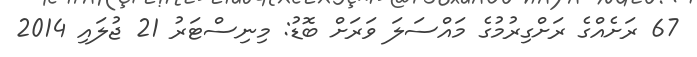
67 ރަށެއްގެ ރަށްގިރުމުގެ މައްސަލަ ވަރަށް ބޮޑު: މިނިސްޓަރު 21 ޖުލައި 2014